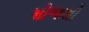
મોજથી